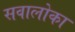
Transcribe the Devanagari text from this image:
सवालोका